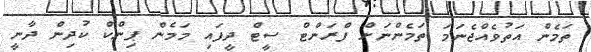
ތަމެން އަތުވެއްޖެނަމަ ތަމެންނަށް ފްރަންޓް ސީޓް ދީފައި މަމެން ޕިންކް ކުދިން ދާނީ